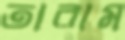
তারাম